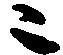
ニ